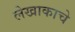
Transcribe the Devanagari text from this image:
लेखाकाचे